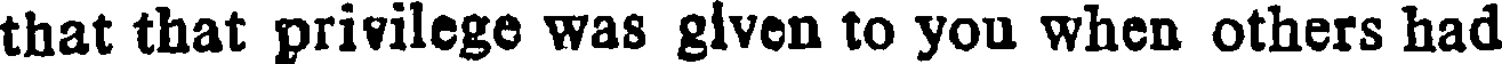
that that privilege was glven to you when others had